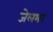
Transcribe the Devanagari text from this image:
जेलभर